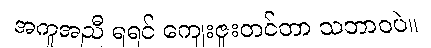
အကူအညီ ရရင် ကျေးဇူးတင်တာ သဘာဝပဲ။